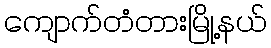
ကျောက်တံတားမြို့နယ်